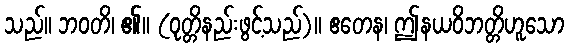
သည်။ ဘဝတိ၊ ၏။ (ဝုတ္တိနည်းဖွင့်သည်)။ ဧတေန၊ ဤနယဝိဘတ္တိဟူသော